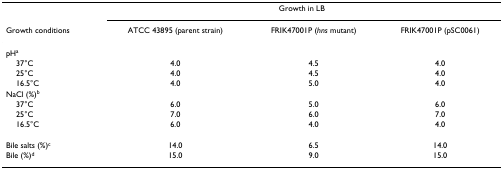
<table><thead><tr><td></td><td colspan="3"><b>Growth in LB</b></td></tr><tr><td><b>Growth conditions</b></td><td><b>ATCC 43895 (parent strain)</b></td><td><b>FRIK47001P (<i>hns </i>mutant)</b></td><td><b>FRIK47001P (pSC0061)</b></td></tr></thead><tbody><tr><td>pH<sup>a</sup></td><td></td><td></td><td></td></tr><tr><td> 37°C</td><td>4.0</td><td>4.5</td><td>4.0</td></tr><tr><td> 25°C</td><td>4.0</td><td>4.5</td><td>4.0</td></tr><tr><td> 16.5°C</td><td>4.0</td><td>5.0</td><td>4.0</td></tr><tr><td>NaCl (%)<sup>b</sup></td><td></td><td></td><td></td></tr><tr><td> 37°C</td><td>6.0</td><td>5.0</td><td>6.0</td></tr><tr><td> 25°C</td><td>7.0</td><td>6.0</td><td>7.0</td></tr><tr><td> 16.5°C</td><td>6.0</td><td>4.0</td><td>4.0</td></tr><tr><td>Bile salts (%)<sup>c</sup></td><td>14.0</td><td>6.5</td><td>14.0</td></tr><tr><td>Bile (%)<sup>d</sup></td><td>15.0</td><td>9.0</td><td>15.0</td></tr></tbody></table>